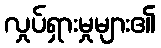
လှုပ်ရှားမှုများ၏